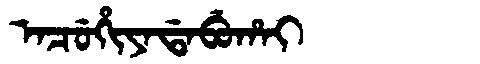
Manchu: ᠠᠴᡠᡥᡳᠶᠠᡩᠠᠪᡠᡥᠠᡳ
Romanization: ACUHIYADABUHAI